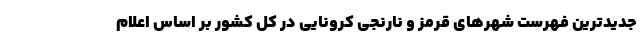
جدیدترین فهرست شهرهای قرمز و نارنجی کرونایی در کل کشور بر اساس اعلام